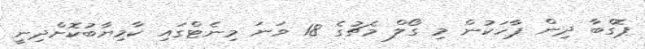
ޕޮގްބާ ދިން ޕާހަކުން މި ގޯލް މެޗުގެ 18 ވަނަ މިނެޓްގައި ކާމިޔާބުކޮށްދިނީ